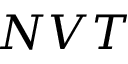
N V T